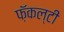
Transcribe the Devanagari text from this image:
फ़ॅकल्टी